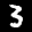
Label: 3